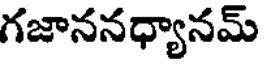
గజాననధ్యానమ్